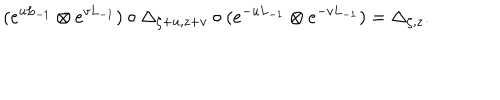
( e ^ { u L _ { - 1 } } \otimes e ^ { v L _ { - 1 } } ) \circ \Delta _ { \zeta + u , z + v } \circ ( e ^ { - u L _ { - 1 } } \otimes e ^ { - v L _ { - 1 } } ) = \Delta _ { \zeta , z } .